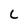
Character: C